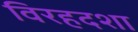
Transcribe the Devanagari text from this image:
विरहदशा